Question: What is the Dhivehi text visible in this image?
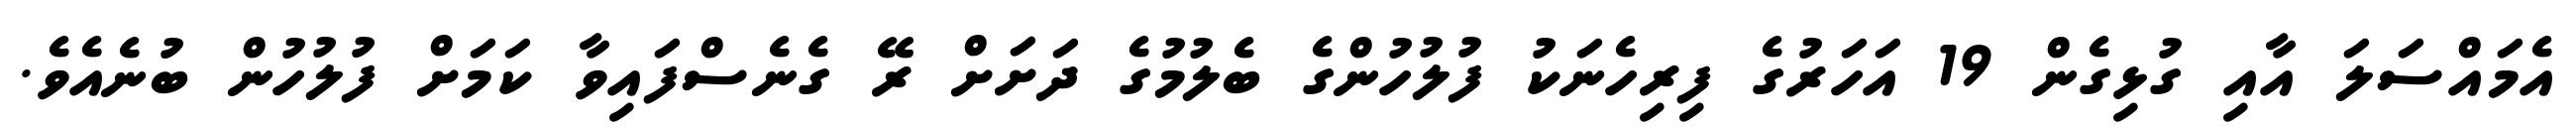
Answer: އެމައްސަލަ އާއި ގުޅިގެން 19 އަހަރުގެ ފިރިހެނަކު ފުލުހުންގެ ބެލުމުގެ ދަށަށް ރޭ ގެނެސްފައިވާ ކަމަށް ފުލުހުން ބުނެއެވެ.